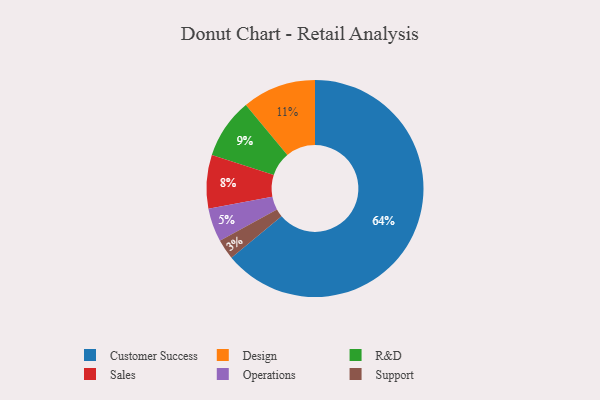
{"axis": {"x": "Category", "y": "Percentage"}, "legend": ["Customer Success", "Design", "Operations", "R&D", "Sales", "Support"], "data": [{"x": "Customer Success", "y": 64, "type": "Customer Success"}, {"x": "Support", "y": 3, "type": "Support"}, {"x": "R&D", "y": 9, "type": "R&D"}, {"x": "Sales", "y": 8, "type": "Sales"}, {"x": "Design", "y": 11, "type": "Design"}, {"x": "Operations", "y": 5, "type": "Operations"}]}